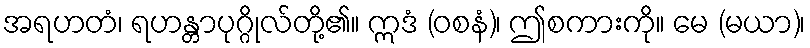
အရဟတံ၊ ရဟန္တာပုဂ္ဂိုလ်တို့၏။ ဣဒံ (ဝစနံ)၊ ဤစကားကို။ မေ (မယာ)၊